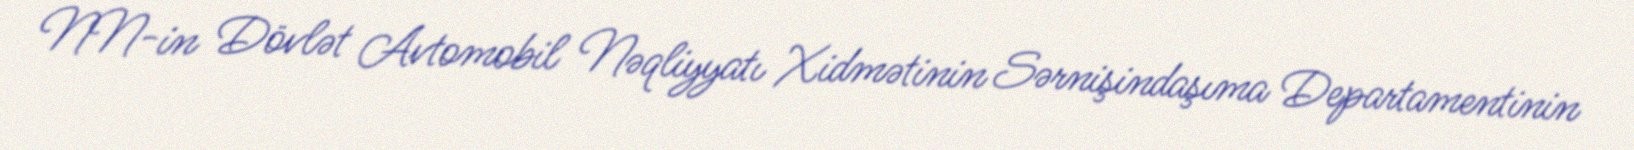
NN-in Dövlət Avtomobil Nəqliyyatı Xidmətinin Sərnişindaşıma Departamentinin